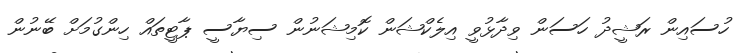
ހުސައިން ރަޝީދު ހަސަން ވިދާޅުވީ އިލެކްޝަން ކޮމިޝަނުން ސިޔާސީ ޕާޓީތައް ހިންގުމަށް ބޭނުން